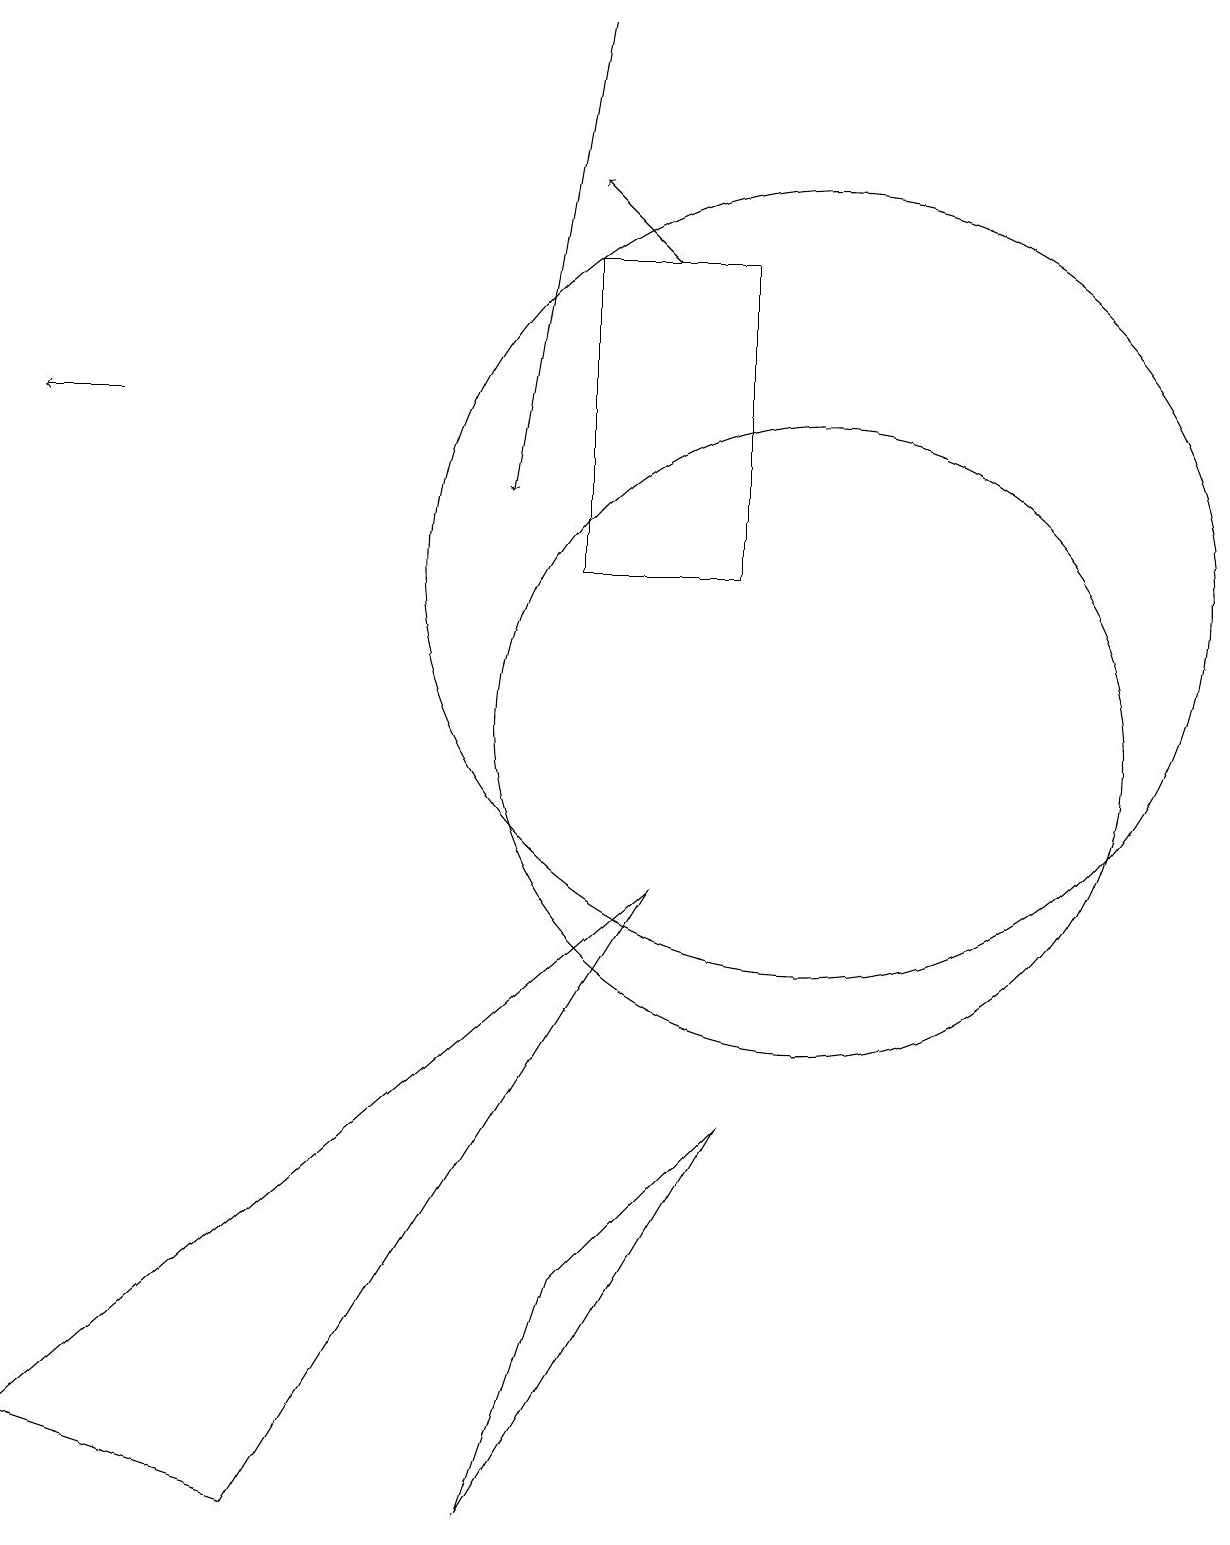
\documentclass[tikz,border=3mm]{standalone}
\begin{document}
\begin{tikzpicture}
\draw (6,0) -- (9,5) -- (7,3) -- cycle;
\draw (7,16) rectangle (9,12);
\draw (0,1) -- (3,0) -- (8,8) -- cycle;
\draw[->] (8,16) -- (7,17);
\draw (10,12) circle (5);
\draw[->] (1,14) -- (0,14);
\draw (10,10) circle (4);
\draw[->] (7,19) -- (6,13);
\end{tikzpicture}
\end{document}